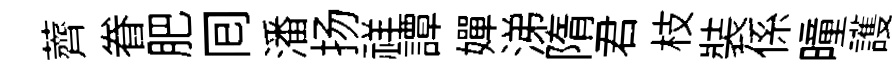
薺眷肥囘潘扬祥譚嬋涕隋君枝裝係曈護